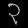
Digit: ၃